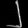
Digit: ၂